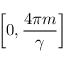
\left[ 0 , \frac { 4 \pi m } { \gamma } \right]